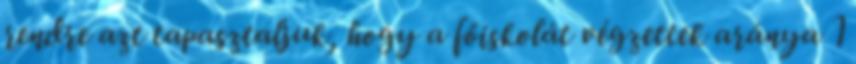
rendre azt tapasztaljuk, hogy a főiskolát végzettek aránya 1